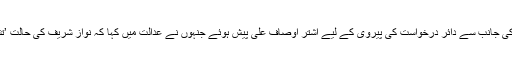
شہباز شریف کی جانب سے دائر درخواست کی پیروی کے لیے اشتر اوصاف علی پیش ہوئے جنہوں نے عدالت میں کہا کہ نواز شریف کی حالت ’تشویشناک‘ ہے۔